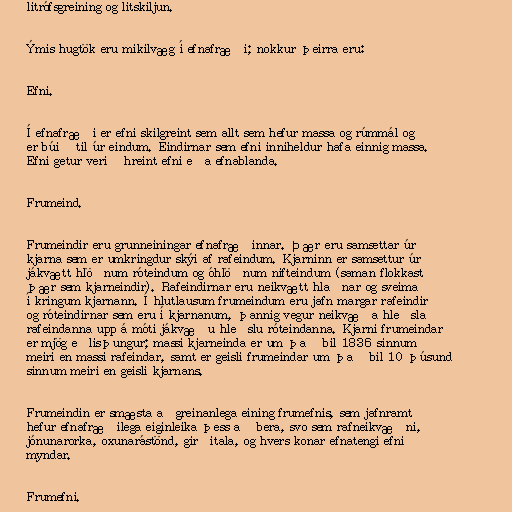
litrófsgreining og litskiljun.

Ýmis hugtök eru mikilvæg í efnafræði; nokkur þeirra eru:

Efni.

Í efnafræði er efni skilgreint sem allt sem hefur massa og rúmmál og
er búið til úr eindum. Eindirnar sem efni inniheldur hafa einnig massa.
Efni getur verið hreint efni eða efnablanda.

Frumeind.

Frumeindir eru grunneiningar efnafræðinnar. Þær eru samsettar úr
kjarna sem er umkringdur skýi af rafeindum. Kjarninn er samsettur úr
jákvætt hlöðnum róteindum og óhlöðnum nifteindum (saman flokkast
þær sem kjarneindir). Rafeindirnar eru neikvætt hlaðnar og sveima
í kringum kjarnann. Í hlutlausum frumeindum eru jafn margar rafeindir
og róteindirnar sem eru í kjarnanum, þannig vegur neikvæða hleðsla
rafeindanna upp á móti jákvæðu hleðslu róteindanna. Kjarni frumeindar
er mjög eðlisþungur; massi kjarneinda er um það bil 1836 sinnum
meiri en massi rafeindar, samt er geisli frumeindar um það bil 10 þúsund
sinnum meiri en geisli kjarnans.

Frumeindin er smæsta aðgreinanlega eining frumefnis, sem jafnramt
hefur efnafræðilega eiginleika þess að bera, svo sem rafneikvæðni,
jónunarorka, oxunarástönd, girðitala, og hvers konar efnatengi efnið
myndar.

Frumefni.